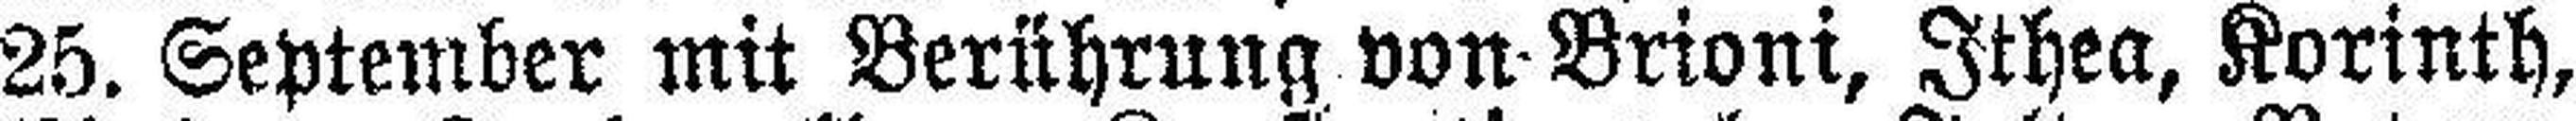
25. September mit Berührung von Brioni, Ithea, Korinth,